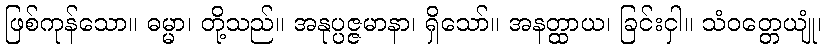
ဖြစ်ကုန်သော။ ဓမ္မာ၊ တို့သည်။ အနုပ္ပဇ္ဇမာနာ၊ ရှိသော်။ အနတ္ထာယ၊ ခြင်းငှါ။ သံဝတ္တေယျုံ၊